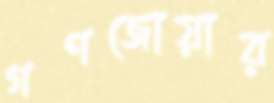
গণজোয়ার